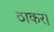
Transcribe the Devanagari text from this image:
ठाकर।